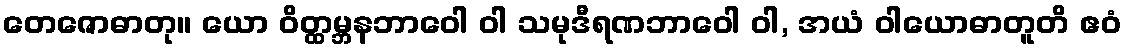
တေဇောဓာတု။ ယော ဝိတ္ထမ္ဘနဘာဝေါ ဝါ သမုဒီရဏဘာဝေါ ဝါ, အယံ ဝါယောဓာတူတိ ဧဝံ